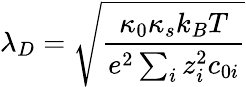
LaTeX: \lambda_{D}=\sqrt{\frac{\kappa_{0}\kappa_{s}k_{B}T}{e^{2}\sum_{i}z_{i}^{2}c_{0i}}}